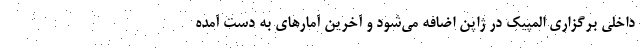
داخلی برگزاری المپیک در ژاپن اضافه می‌شود و آخرین آمارهای به دست آمده